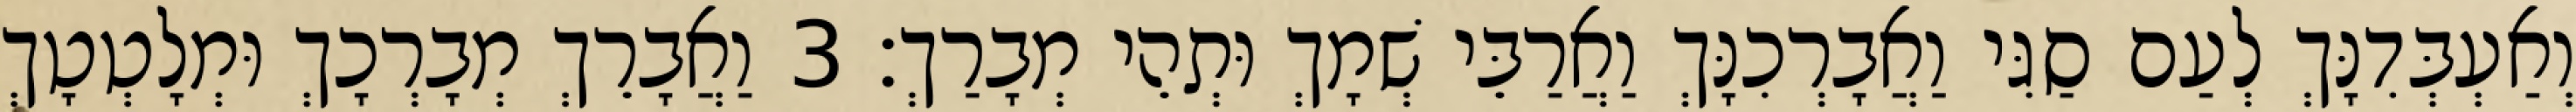
וְאַעְבְּדִנָּךְ לְעַם סַגִּי וַאֲבָרְכִנָּךְ וַאֲרַבֵּי שְׁמָךְ וּתְהֵי מְבָרַךְ׃ 3 וַאֲבָרֵךְ מְבָרְכָךְ וּמְלָטְטָךְ